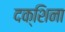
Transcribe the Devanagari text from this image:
दक्शिना